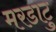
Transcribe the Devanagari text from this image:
मरडाटु